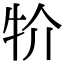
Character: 𤘦